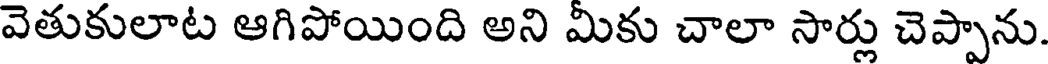
వెతుకులాట ఆగిపోయింది అని మీకు చాలా సార్లు చెప్పాను